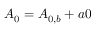
{ A _ { 0 } } = { A _ { 0 , b } } + a 0